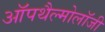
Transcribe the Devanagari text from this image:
ऑपथैल्मोलॉजी